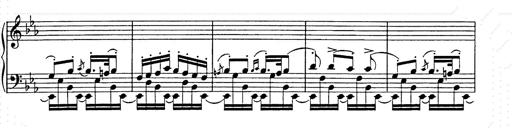
Title: Hungarian Rhapsody No.9
Composer: Franz Liszt
Key: E-flat major